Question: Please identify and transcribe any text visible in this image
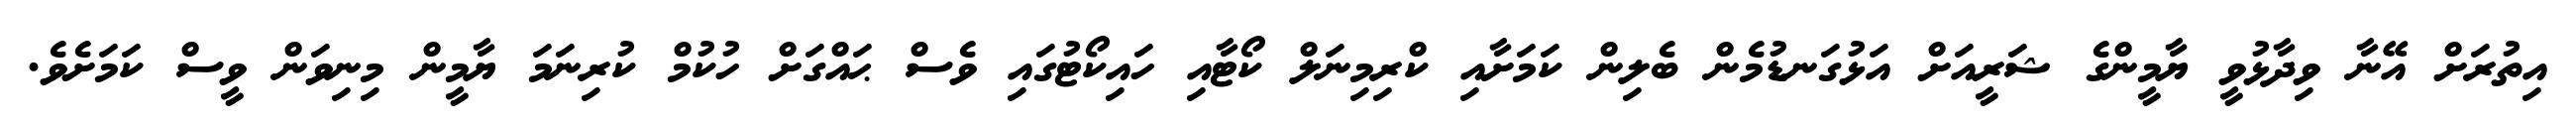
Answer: އިތުރަށް އޭނާ ވިދާޅުވީ ޔާމީންގެ ޝަރީއަށް އަޅުގަނޑުމެން ބެލިން ކަމަށާއި ކްރިމިނަލް ކޯޓާއި ހައިކޯޓުގައި ވެސް ޙައްގަށް ހުކުމް ކުރިނަމަ ޔާމީން މިނިވަން ވީސް ކަމަށެވެ.